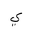
Letter: _ya